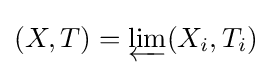
(X,T)=\varprojlim (X_{i},T_{i})